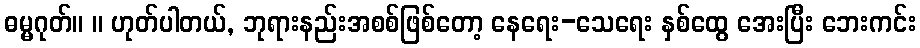
ဓမ္မဂုတ်။ ။ ဟုတ်ပါတယ်, ဘုရားနည်းအစစ်ဖြစ်တော့ နေရေး-သေရေး နှစ်ထွေ အေးပြီး ဘေးကင်း